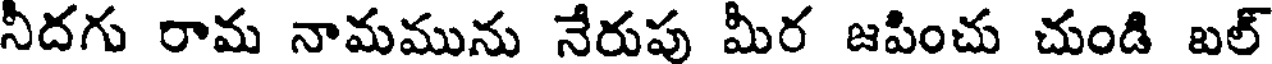
నీదగు రామ నామమును నేరుపు మీర జపించు చుండి బల్